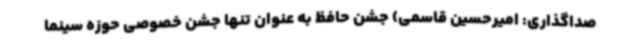
صداگذاری: امیرحسین قاسمی) جشن حافظ به عنوان تنها جشن خصوصی حوزه سینما